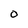
Character: 0